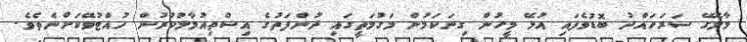
މާލޭގެ ސަރަހައްދު ބޮޑުވެފައި އުޅޭ މީހުން ގިނަކަމުން މަގުމަތީގައި ދުންފަތުގެ އިސްތިިއުުމާލުކުރުން ހުއްޓުވޭކަށްނެތެވެ.